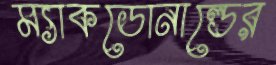
ম্যাকডোনাল্ডের